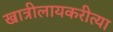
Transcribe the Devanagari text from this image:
खात्रीलायकरीत्या